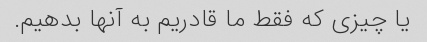
یا چیزی که فقط ما قادریم به آنها بدهیم.